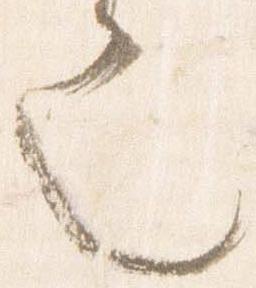
也